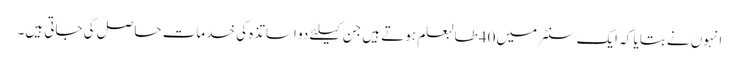
انہوں نے بتایا کہ ایک سنٹر میں 40 طالبعلم ہوتے ہیں جن کیلئے دو اساتذہ کی خدمات حاصل کی جاتی ہیں۔